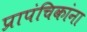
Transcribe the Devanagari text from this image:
प्रापंचिकांना